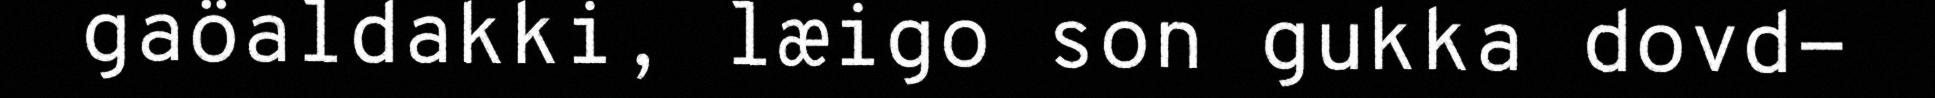
gaöaldakki, læigo son gukka dovd-